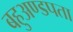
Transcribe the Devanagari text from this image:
बहुअण्डपता